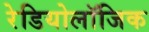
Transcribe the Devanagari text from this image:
रेडियोलॉजिक